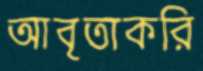
আবৃতাকরি